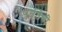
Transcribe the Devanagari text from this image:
पुर्ततेची